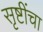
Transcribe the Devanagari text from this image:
सृष्टींचा